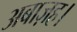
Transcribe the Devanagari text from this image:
अबाज़ह।